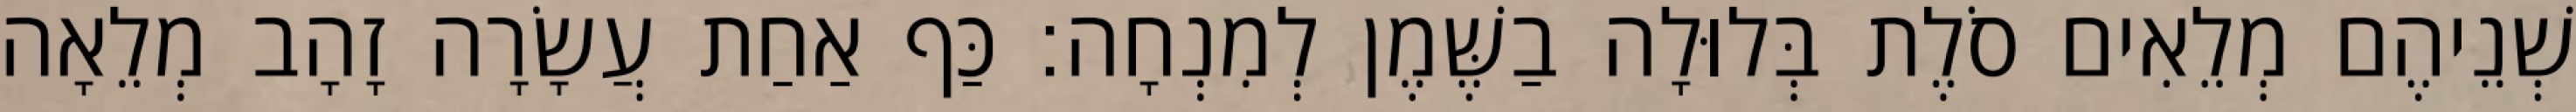
שְׁנֵיהֶם מְלֵאִים סֹלֶת בְּלוּלָה בַשֶּׁמֶן לְמִנְחָה׃ כַּף אַחַת עֲשָׂרָה זָהָב מְלֵאָה